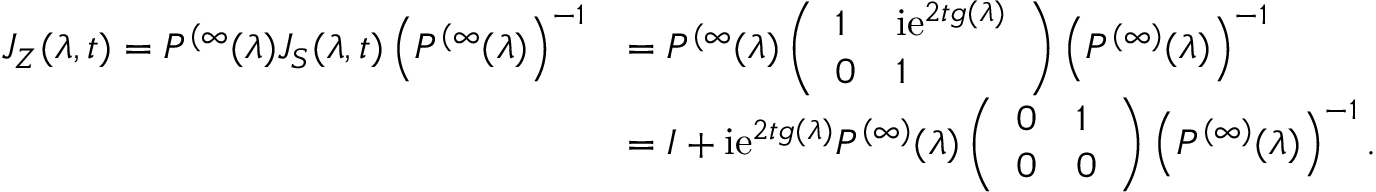
\begin{array} { r l } { J _ { Z } ( \lambda , t ) = P ^ { ( \infty } ( \lambda ) J _ { S } ( \lambda , t ) \left( P ^ { ( \infty } ( \lambda ) \right) ^ { - 1 } } & { = P ^ { ( \infty } ( \lambda ) \left( \begin{array} { l l } { 1 } & { \mathrm { i } \mathrm { e } ^ { 2 t g ( \lambda ) } } \\ { 0 } & { 1 } \end{array} \right) \left( P ^ { ( \infty ) } ( \lambda ) \right) ^ { - 1 } } \\ & { = I + \mathrm { i } \mathrm { e } ^ { 2 t g ( \lambda ) } P ^ { ( \infty ) } ( \lambda ) \left( \begin{array} { l l } { 0 } & { 1 } \\ { 0 } & { 0 } \end{array} \right) \left( P ^ { ( \infty ) } ( \lambda ) \right) ^ { - 1 } . } \end{array}